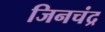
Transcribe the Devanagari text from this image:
जिनचंद्र